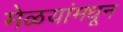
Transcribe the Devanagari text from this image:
मेळयांमधून